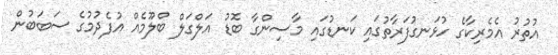
އުތުރު އެމެރިކާގެ ހުޅަނގުފަރާތުގައި ކަނޑުގައި މާސިންގާ ބޮޑު އަލްގަލް ބްލޫމެއް އުފެދުމުގެ ސަބަބުން